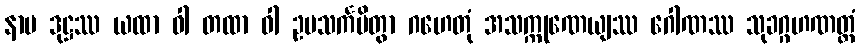
နာမ ဒုဋ္ဌဿ ယထာ ဝါ တထာ ဝါ ဥပသင်္ကမိတွာ ဂဟေတုံ အသက္ကုဏေယျဿ ဂေါဏဿ သုခဂ္ဂဟဏတ္ထံ